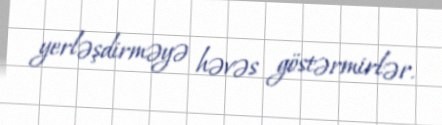
yerləşdirməyə həvəs göstərmirlər.